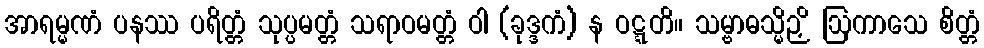
အာရမ္မဏံ ပနဿ ပရိတ္တံ သုပ္ပမတ္တံ သရာဝမတ္တံ ဝါ (ခုဒ္ဒကံ) န ဝဋ္ဋတိ။ သမ္ဗာဓသ္မိဉှိ ဩကာသေ စိတ္တံ